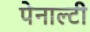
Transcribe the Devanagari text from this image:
पेनाल्‍टी